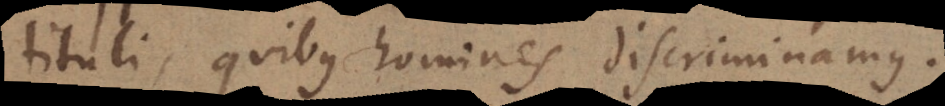
tituli, quibus homines discriminamus.